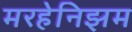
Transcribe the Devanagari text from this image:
मरहेनिझम